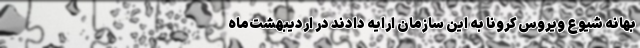
بهانه شیوع ویروس کرونا به این سازمان ارایه دادند در اردیبهشت‌ماه